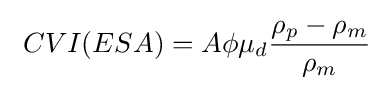
\ CVI(ESA)=A\phi \mu _{d}{\frac {\rho _{p}-\rho _{m}}{\rho _{m}}}